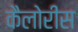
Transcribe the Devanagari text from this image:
कैलोरीस